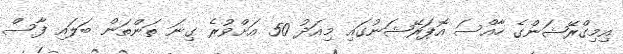
އިމިގްރޭޝަންގެ ހާއްސަ އޮޕަރޭޝަނުގައި މިއަދު 50 އަށްވުރެ ގިނަ ތަންތަން ބަލައި ފާސް